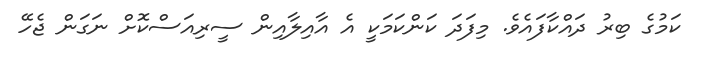
ކަމުގެ ބިރު ދައްކާފައެވެ. މިފަދަ ކަންކަމަކީ އެ އާއިލާއިން ސީރިއަސްކޮށް ނަގަން ޖެހޭ